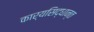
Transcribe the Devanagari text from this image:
कार्यसिद्धान्त